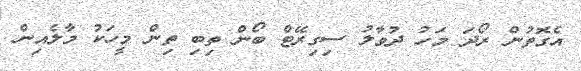
އެގޮތުން ރޯދަ މަހު ދުވާލު ސިގިރޭޓް ބޯން ތިބި ތިން މީހަކު މާލެއިން